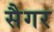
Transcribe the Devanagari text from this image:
सैगर